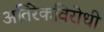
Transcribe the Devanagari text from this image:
अतिरेकविरोधी